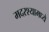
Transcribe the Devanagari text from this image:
मदरश्यामध्ये